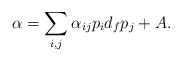
\begin{align*}\alpha = \sum_{i,j} \alpha_{ij} p_{i} d_{f} p_{j} + A. \end{align*}